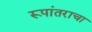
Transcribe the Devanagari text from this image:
रूपांतराचा